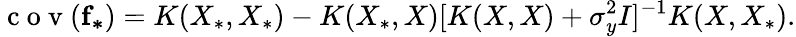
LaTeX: \mathrm{~c~o~v~}(\mathbf{f_{*}})=K(X_{*},X_{*})-K(X_{*},X)[K(X,X)+\sigma_{y}^{2}I]^{-1}K(X,X_{*}).